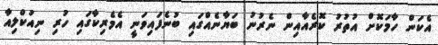
އެކަން ހާމަކޮށް އުތުރު ކޮރެއާއިން ނެރުނު ބަޔާނެއްގައި ބުނެފައިވަނީ އެމެރިކާގައި ހުރި ނިއުކްލިއާ